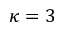
\kappa = 3